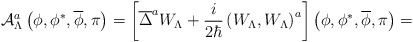
\begin{align*}{\cal A}_{\Lambda}^a\left( \phi ,\phi ^{*},\overline{\phi},\pi\right) =\left[ \overline{\Delta }^aW_\Lambda +\frac i{2\hbar }\left( W_\Lambda,W_\Lambda \right) ^a\right]\left( \phi ,\phi ^{*},\overline{\phi},\pi\right) =\end{align*}